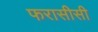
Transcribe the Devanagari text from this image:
फरासीसी